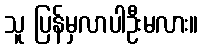
သူ ပြန်မှလာပါဦးမလား။